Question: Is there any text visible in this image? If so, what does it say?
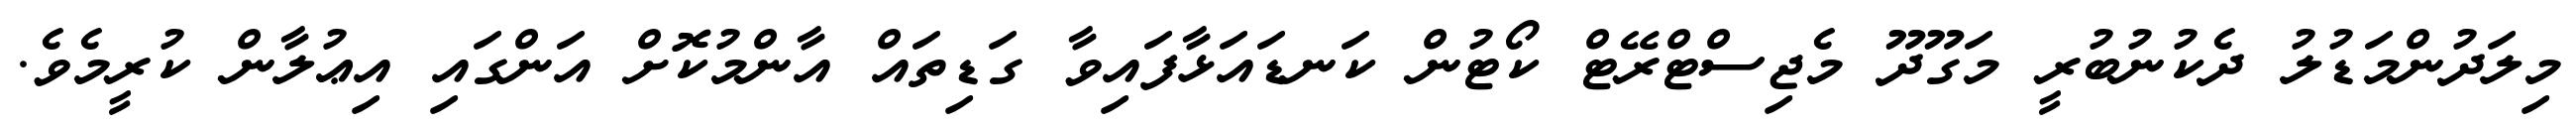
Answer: މިލަދުންމަޑުލު ދެކުނުބުރީ މަގޫދޫ މެޖިސްޓްރޭޓް ކޯޓުން ކަނޑައަޅާފައިވާ ގަޑިތައް އާންމުކޮށް އަންގައި އިޢުލާން ކުރީމެވެ.